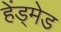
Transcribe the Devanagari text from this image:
हेंड्मेड